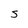
Character: S